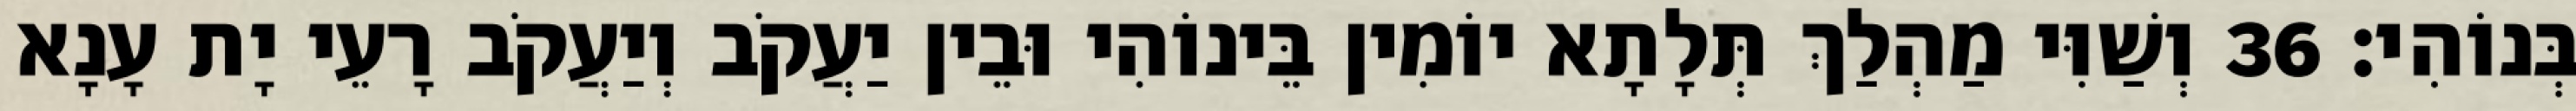
בְּנוֹהִי׃ 36 וְשַׁוִּי מַהְלַךְ תְּלָתָא יוֹמִין בֵּינוֹהִי וּבֵין יַעֲקֹב וְיַעֲקֹב רָעֵי יָת עָנָא